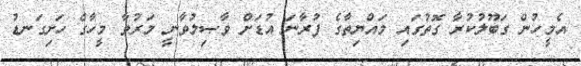
އެމީހުން ގަބޫލުކުރާ ގޮތުގައި މައްޔިތާގެ ފުރާނަ އުޑަށް ވާޞިލުވާނީ މަރުވާ މީހާގެ ހަށިގަނޑު